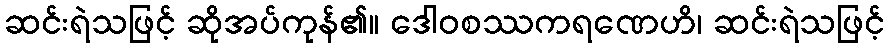
ဆင်းရဲသဖြင့် ဆိုအပ်ကုန်၏။ ဒေါဝစဿကရဏေဟိ၊ ဆင်းရဲသဖြင့်